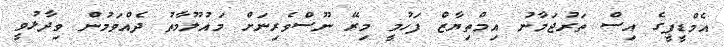
އެމްޑީޕީގެ އިސް ތަރުޖަމާނު އިމްތިޔާޒް ފަހުމީ މިރޭ ނޫސްވެރިނަށް މައުލޫމާތު ދެއްވަމުން ވިދާޅުވީ